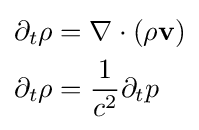
{\begin{aligned}\partial _{t}\rho &=\nabla \cdot (\rho \mathbf {v} )\\\partial _{t}\rho &={\frac {1}{c^{2}}}\partial _{t}p\end{aligned}}